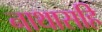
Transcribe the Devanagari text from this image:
नाथासहि